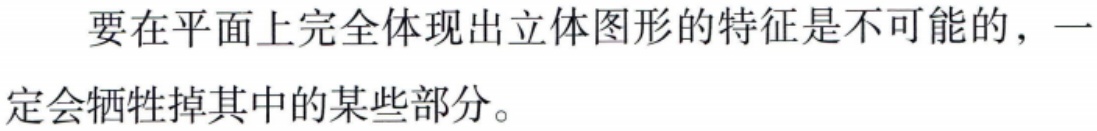
要在平面上完全体现出立体图形的特征是不可能的，一定会牺牲掉其中的某些部分。